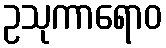
ဥသုကာရောဝ